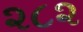
૨૮૨